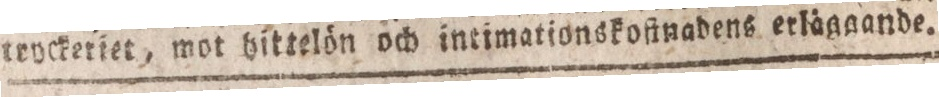
tryckeriet, mot hittelön och ineimationskofinadens erläggande.